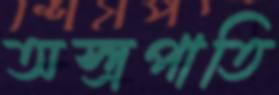
অস্ত্রপাতি